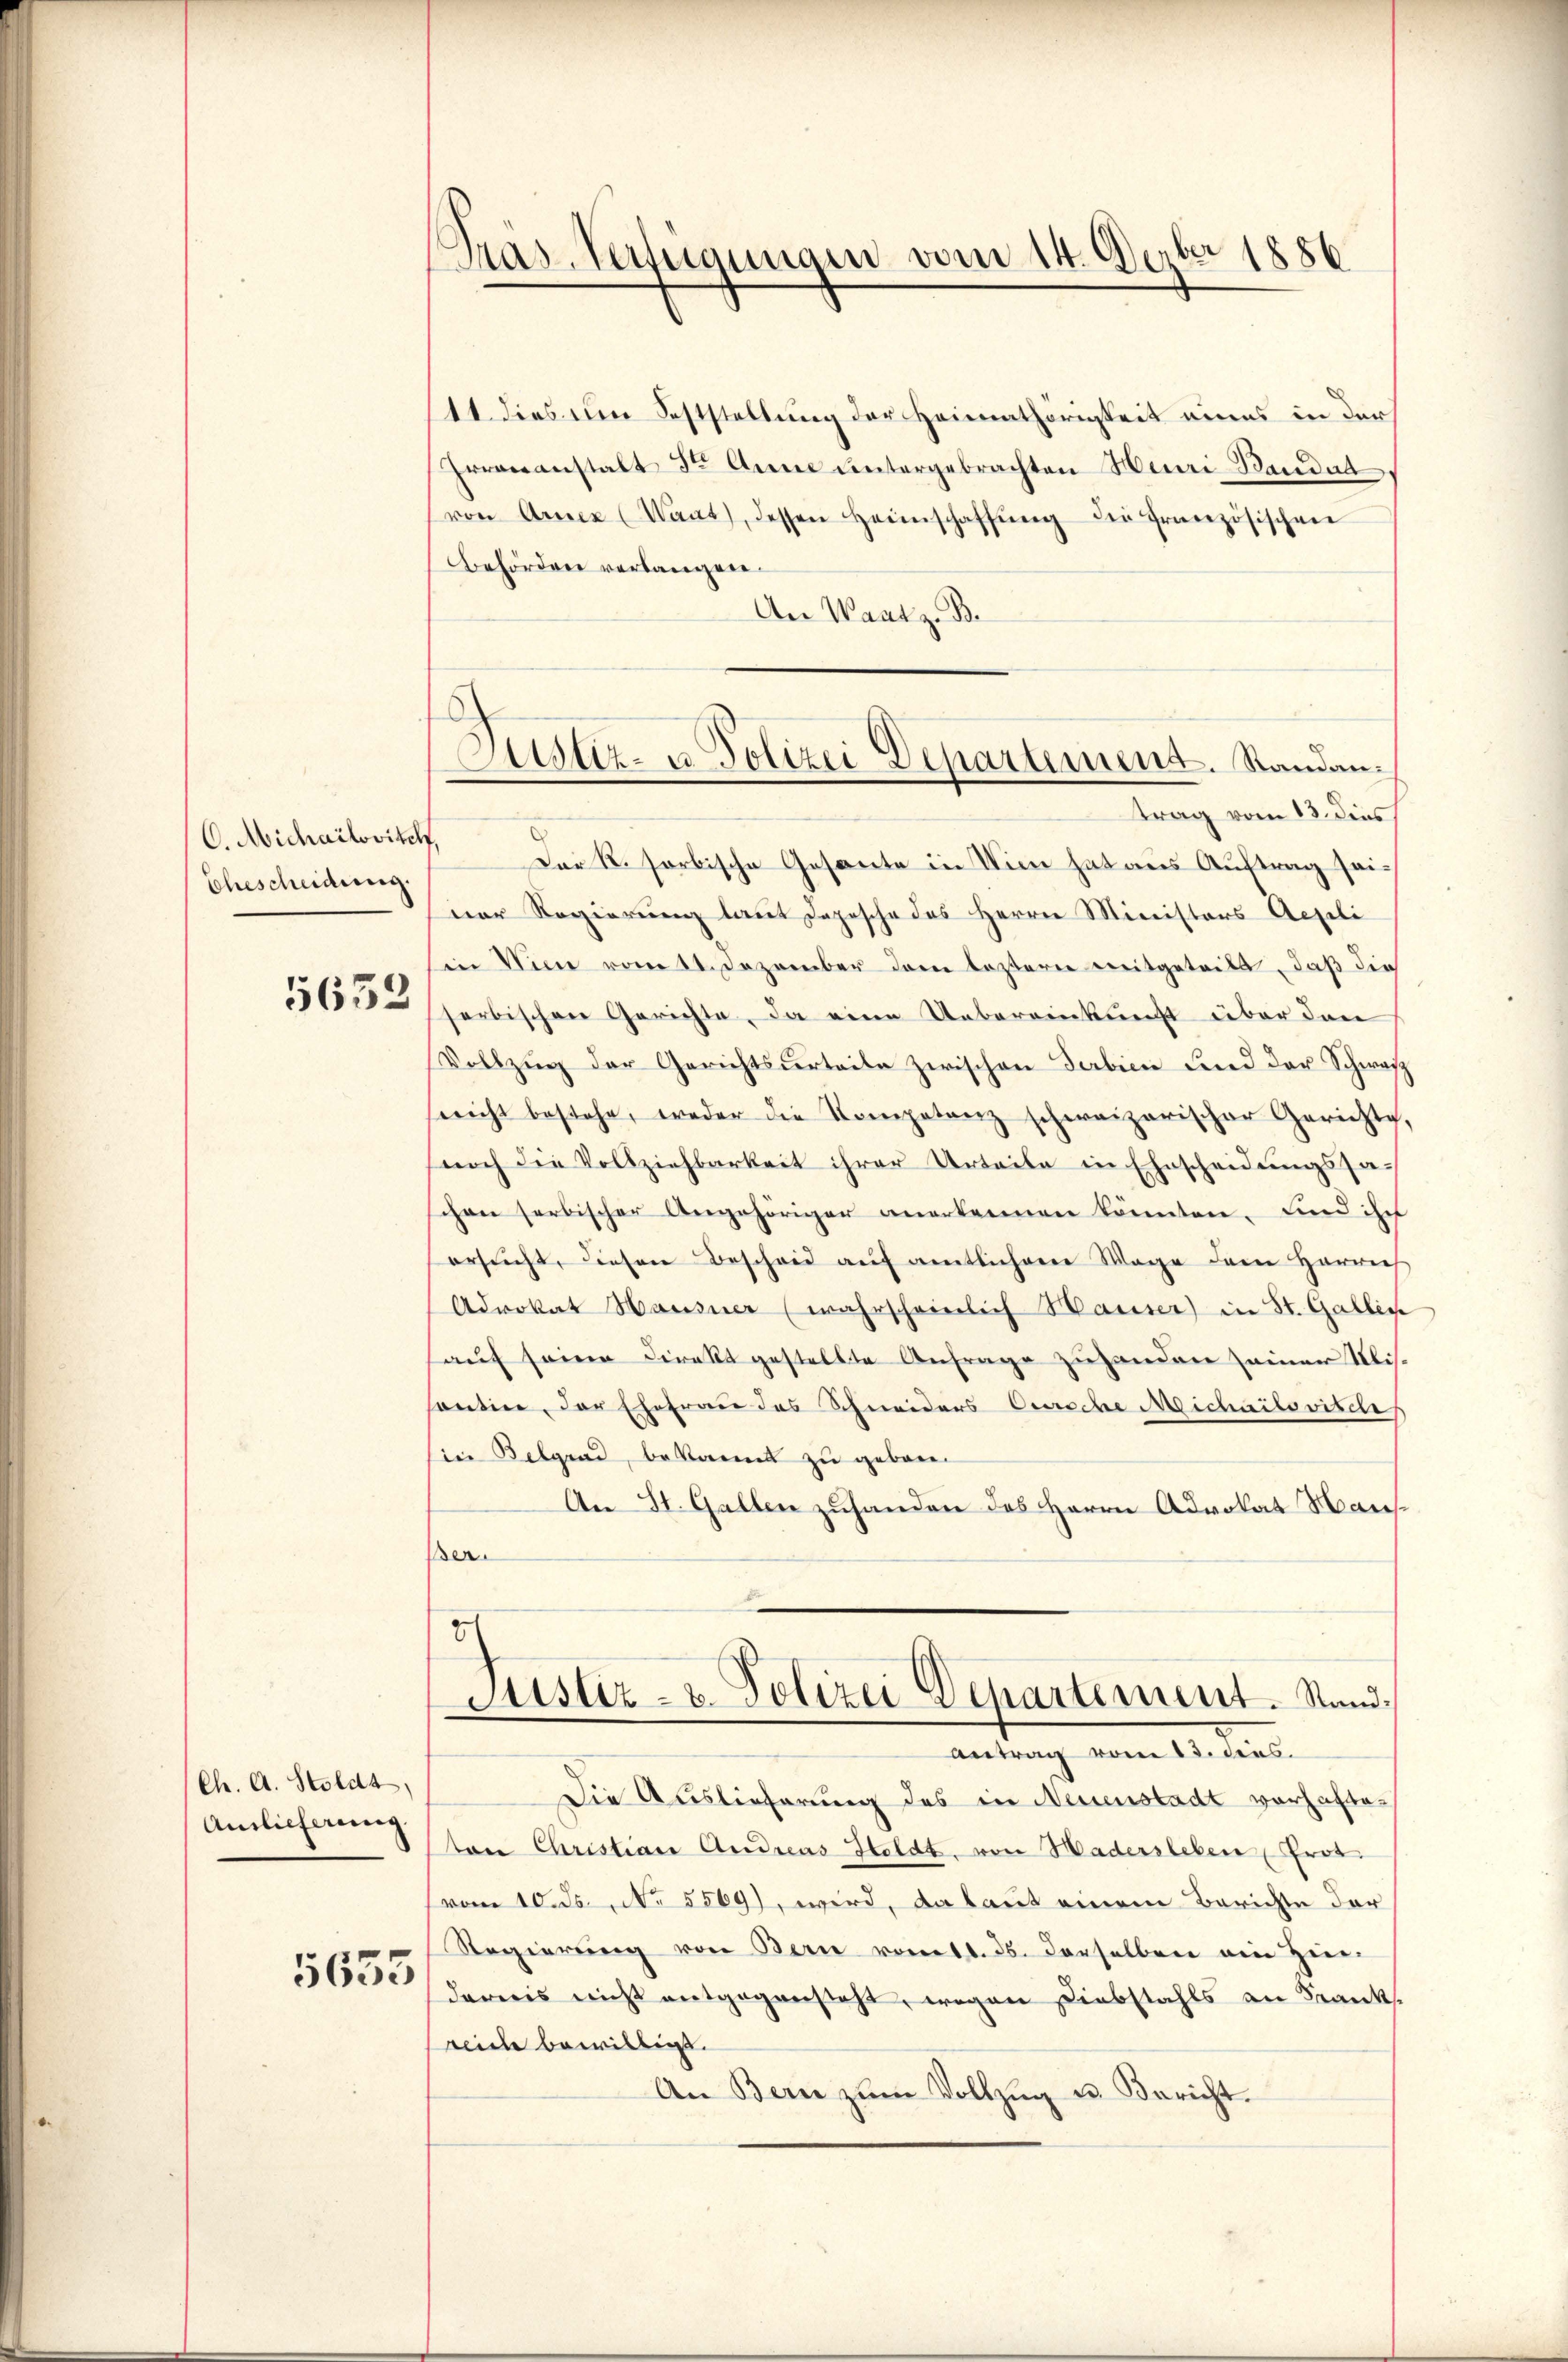
C. Michailovitel
Ehescheidung.

5652

Ch. A. Stoldt,
Amlicherung

5633

8
Pras-Verfügungen vom 14. Derber 1886

11 dies um Schtstellung der Heimathörigkeit eines in der
Irrenanstalt der Anna untergebrachten Heuri Baudat
von Armee (Want), dessen Heimschaffŭng die französischen
Behörden verlangen.
Aer Waatz. B.

Der R. sorbische Gesante in Wien hat aus Auftrag seinor Regierung laut Depesche des Herrn Ministers Aexili
in Wien vom 14. Dezember dem leztern mitgeteilt, daß die
serbischen Gerichte, da eine Uebereinkunft über den
Vollzug der Gerichtsurteile zwischen Fabien und der Schwarz
nicht bestehe, weder die Kompetenz schweizerischer Gerichte,
noch die Vollziehbarkeit ihrer Urteile in Ehrscheidungssaschon herbischer Angehöriger anerkennen könnten. Und ihr
ersŭcht, diesen Bescheid aŭf amtlicherer Wage dem Herrn
Advokat Hausner (wahrscheinlich Hauser) in St. Gallen
auf seine Direkt gestellte Anfrage zuhanden seiner Klissantier, der Ehefrau des Schneiders Oerische Michailovisch
sie Belgrad, bekannt zu geboren
An St. Gallen zuhanden des Herrn Advokat Hansßer.

Justiz- u. Polizei Departement. Standantrag vom 13. dies

2
Justiz- u. Polizei Departement. Stand,
Antrag vom 13. dies

Die Auslieferung des in Neuenstadt vorhafteten Christian Andreas Heldt, von Hadersleben Prof.
vom 10. ds., No 5569), wird, da laut einem Berichte der
Regierŭng von Bern vom 11. ds. derselben ein Hin-
dareis nicht entgegensteht, wegen Diebstahls an Franksreide bewilligt.
An Bern zŭm Vollzŭg u. Bericht.